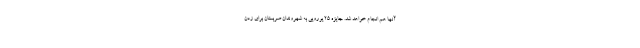
آنها هم انجام خواهد شد. جایزه 25 یورویی به شهروندان صربستان برای زدن